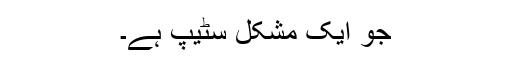
جو ایک مشکل سٹیپ ہے۔